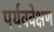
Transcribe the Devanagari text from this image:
पर्यववेक्षण